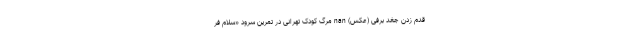
قدم زدن جغد برفی (عکس) nan مرگ کودک تهرانی در تمرین سرود «سلام فر